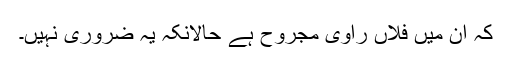
کہ ان میں فلاں راوی مجروح ہے حالانکہ یہ ضروری نہیں۔